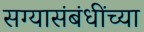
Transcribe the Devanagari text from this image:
सग्यासंबंधींच्या